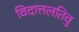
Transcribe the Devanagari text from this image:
विदात्तलतिवु